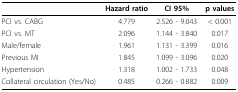
|  | Hazard ratio | CI 95% | p values |
 | --- | --- | --- | --- |
 | PCI vs. CABG | 4.779 | 2.526 - 9.043 | < 0.001 |
 | PCI vs. MT | 2.096 | 1.144 - 3.840 | 0.017 |
 | Male/female | 1.961 | 1.131 - 3.399 | 0.016 |
 | Previous MI | 1.845 | 1.099 - 3.096 | 0.020 |
 | Hypertension | 1.318 | 1.002 - 1.733 | 0.048 |
 | Collateral circulation (Yes/No) | 0.485 | 0.266 - 0.882 | 0.009 |